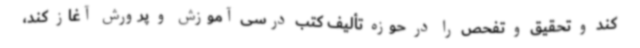
کند و تحقیق و تفحص را در حوزه تألیف کتب درسی آموزش و پرورش آغاز کند،